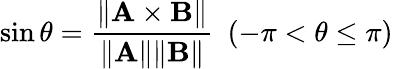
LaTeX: \sin\theta={\frac{\| \mathbf{A\times B}\| }{\| \mathbf{A}\| \| \mathbf{B}\| }}\ \ (-\pi<\theta\leq\pi)